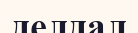
делдал